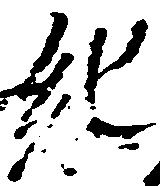
紀